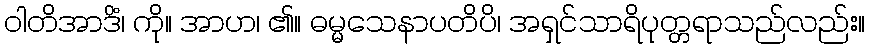
ဝါတိအာဒိံ၊ ကို။ အာဟ၊ ၏။ ဓမ္မသေနာပတိပိ၊ အရှင်သာရိပုတ္တရာသည်လည်း။